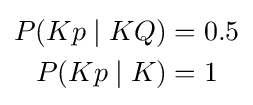
{\begin{aligned}P(Kp\mid KQ)&=0.5\\P(Kp\mid K)&=1\\\end{aligned}}